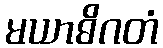
မယာဓိဂတံ